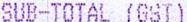
SUB-TOTAL (GST)